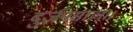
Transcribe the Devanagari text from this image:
दुर्जनसाल।।